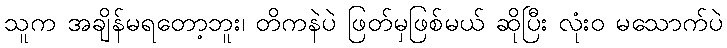
သူက အချိန်မရတော့ဘူး၊ တိကနဲပဲ ဖြတ်မှဖြစ်မယ် ဆိုပြီး လုံးဝ မသောက်ပဲ